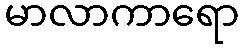
မာလာကာရော